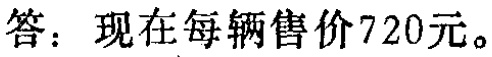
答：现在每辆售价720元。